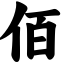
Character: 佰